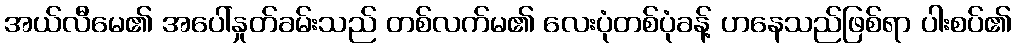
အယ်လီမေ၏ အပေါ်နှုတ်ခမ်းသည် တစ်လက်မ၏ လေးပုံတစ်ပုံခန့် ဟနေသည်ဖြစ်ရာ ပါးစပ်၏